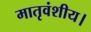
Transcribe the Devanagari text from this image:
मातृवंशीय।